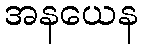
အနယေန